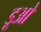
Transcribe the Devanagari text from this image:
डूओ